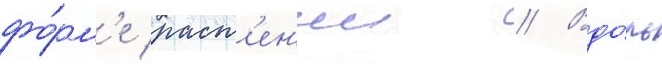
фо́рм'е раст'ен'ии // Вдо́ль